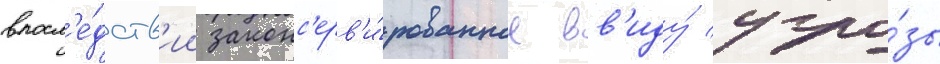
впосл'е́дств'ии законс'ерв'и́рованное вв'иду́ угро́зы